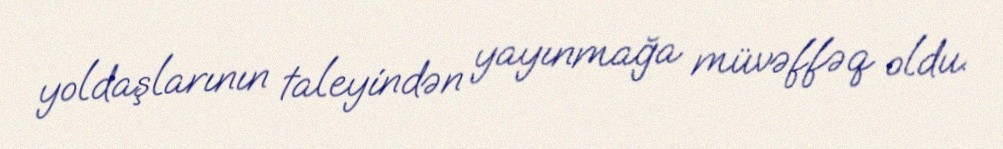
yoldaşlarının taleyindən yayınmağa müvəffəq oldu.